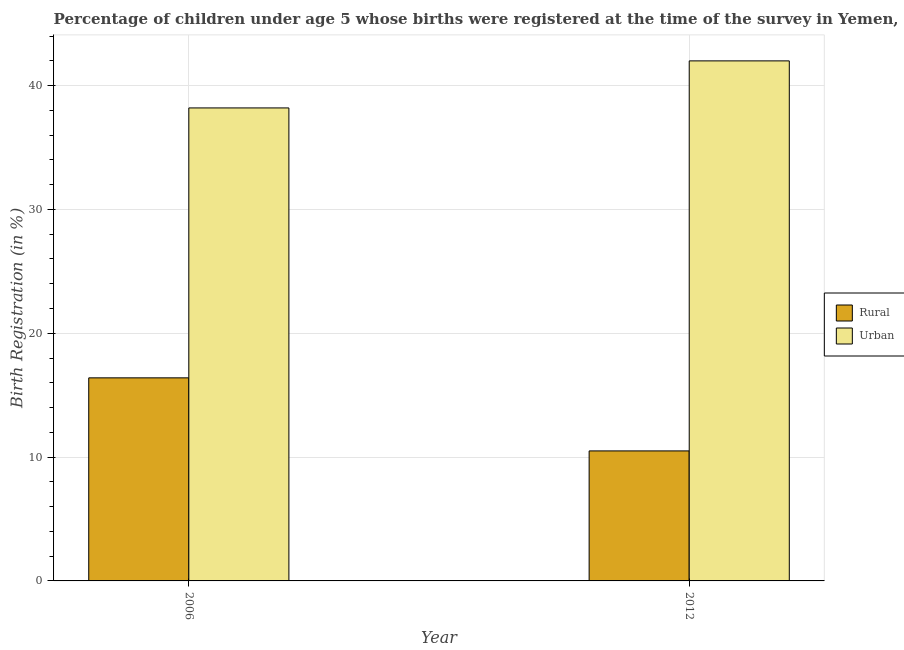
| Year | Rural | Urban |
 | --- | --- | --- |
 | 2006 | 16.4 | 38.2 |
 | 2012 | 10.5 | 42 |